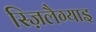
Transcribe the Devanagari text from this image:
स्ज़िलैग्याइ